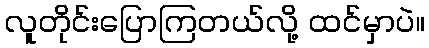
လူတိုင်းပြောကြတယ်လို့ ထင်မှာပဲ။